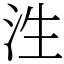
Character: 泩